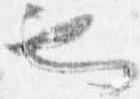
也